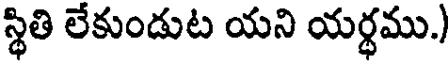
స్థితి లేకుండుట యని యర్థము.)